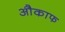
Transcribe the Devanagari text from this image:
औकाफ